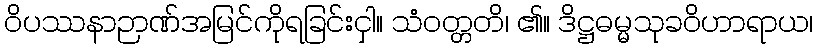
ဝိပဿနာဉာဏ်အမြင်ကိုရခြင်းငှါ။ သံဝတ္တတိ၊ ၏။ ဒိဋ္ဌဓမ္မသုခဝိဟာရာယ၊